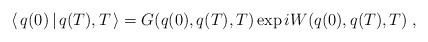
\begin{align*}\langle \, q(0) \, | \, q(T) , T \, \rangle = G ( q(0), q(T), T )\exp i W ( q(0), q(T), T) \; ,\end{align*}